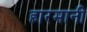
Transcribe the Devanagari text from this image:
हारमानी